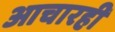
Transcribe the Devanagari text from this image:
आचारही